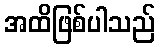
အထိဖြစ်ပါသည်